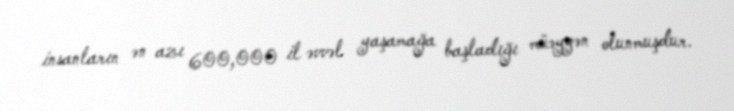
insanların ən azı 600,000 il əvvəl yaşamağa başladığı müəyyən olunmuşdur.